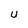
Character: U